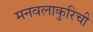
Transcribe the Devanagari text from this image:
मनवलाकुरिची